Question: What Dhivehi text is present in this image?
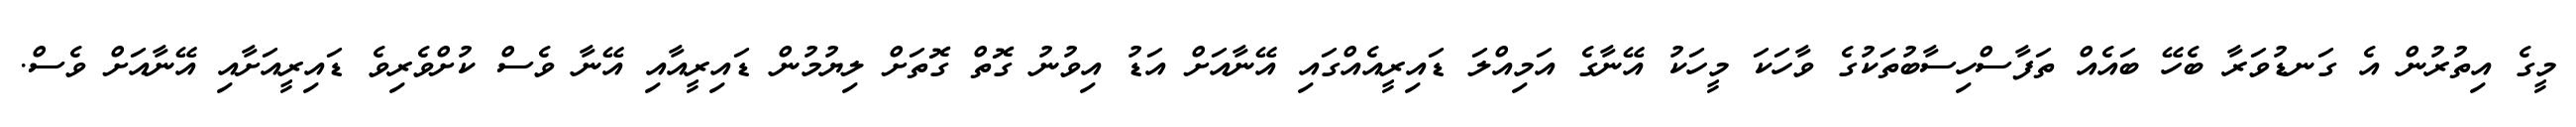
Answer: މީގެ އިތުރުން އެ ގަނޑުވަރާ ބެހޭ ބައެއް ތަފާސްހިސާބުތަކުގެ ވާހަކަ މީހަކު އޭނާގެ އަމިއްލަ ޑައިރީއެއްގައި އޭނާއަށް އަޑު އިވުނު ގޮތް ގޮތަށް ލިޔުމުން ޑައިރީއާއި އޭނާ ވެސް ކުށްވެރިވެ ޑައިރީއަށާއި އޭނާއަށް ވެސް.